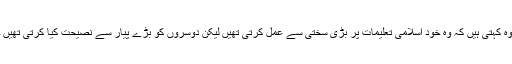
وہ کہتی ہیں کہ وہ خود اسلامی تعلیمات پر بڑی سختی سے عمل کرتی تھیں لیکن دوسروں کو بڑے پیار سے نصیحت کیا کرتی تھیں ۔